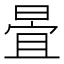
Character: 𣈍